Report of the Indian Hemp Drugs Commission, 1894-1895 - Volume II
Year: 1894
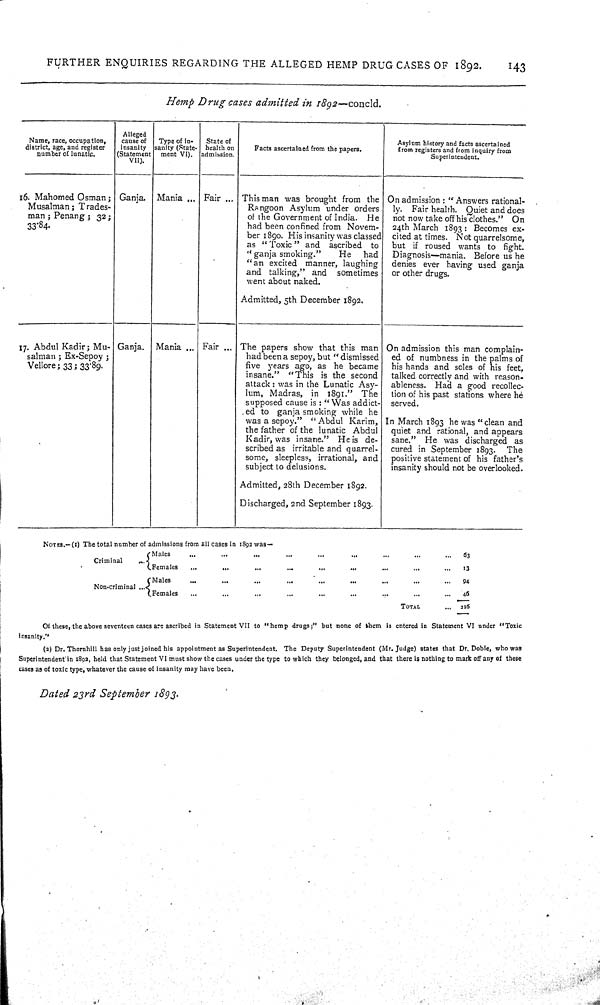
FURTHER ENQUIRIES REGARDING THE ALLEGED HEMP DRUG CASES OF
1892.
143
Hemp
Drug
cases
admitted
in
1892—concld.
Name, race, occupation,
district, age, and register
number of lunatic.
Alleged
cause of
insanity
(Statement
VII).
Type of in-
sanity (State-
ment VI).
State of
health on
admission.
Facts ascertained from the papers.
Asylum history and facts ascertained
from registers and from inquiry from
Superintendent.
16. Mahomed Osman;
Musalman; Trades-
man; Penang; 32;
33.84.
Ganja.
Mania
Fair
This man was brought from the
Rangoon Asylum under orders
of the Government of India.
He
had been confined from Novem-
ber 1890. His insanity was classed
as "Toxic" and
ascribed
to
"ganja smoking."
He
had
"an excited manner, laughing
and talking," and
sometimes
went about naked.
Admitted, 5th December 1892.
On admission: "Answers rational-
ly.
Fair health. Quiet and does
not now take off his clothes."
On
24th March 1893: Becomes ex-
cited at times. Not quarrelsome,
but if roused wants to
fight.
Diagnosis—mania. Before us he
denies ever having used ganja
or other drugs.
17. Abdul Kadir; Mu-
salman; Ex-Sepoy;
Vellore; 33; 33.89.
Ganja.
Mania
Fair
The papers show that this man
had been a sepoy, but "dismissed
five years ago, as he became
insane."
"This is the second
attack: was in the Lunatic Asy-
lum, Madras, in
1891."
The
supposed cause is: "Was addict-
ed to ganja smoking while he
was a sepoy."
"Abdul Karim,
the father of the lunatic
Abdul
Kadir, was insane."
He is
de-
scribed as irritable and quarrel-
some, sleepless, irrational, and
subject to delusions.
Admitted, 28th December 1892.
Discharged, 2nd September 1893.
On admission this man complain-
ed of numbness in the palms of
his hands and soles of his feet,
talked correctly and with reason-
ableness. Had a good recollec-
tion of his past stations where he
served.
In March 1893 he was "clean and
quiet and rational, and appears
sane."
He was discharged as
cured in September 1893.
The
positive statement of his father's
insanity should not be overlooked.
NOTES.— (1) The total number of admissions from all cases in 1892 was—
Criminal
Males
63
Criminal
Females
13
Non-criminal
Males
94
Non-criminal
Females
45
TOTAL
216
Of these, the above seventeen cases are ascribed in Statement VII to "hemp drugs;" but none of them is entered in Statement VI under "Toxic
insanity."
(2) Dr. Thornhill has only just joined his appointment as Superintendent. The Deputy Superintendent (Mr. Judge) states that Dr. Dobie, who was
Superintendent in 1892, held that Statement VI must show the cases under the type to which they belonged, and that there is nothing to mark off any of these
cases as of toxic type, whatever the cause of insanity may have been.
Dated
23rd
September
1893.